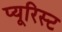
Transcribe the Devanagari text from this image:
प्यूरिस्ट